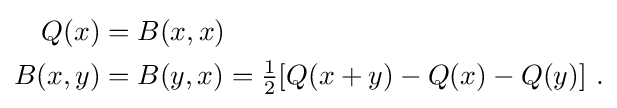
{\begin{aligned}Q(x)&=B(x,x)\\B(x,y)&=B(y,x)={\tfrac {1}{2}}[Q(x+y)-Q(x)-Q(y)]~.\end{aligned}}